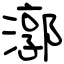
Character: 漷